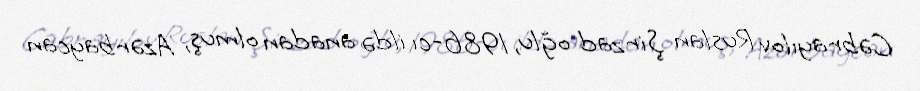
Cəbrayılov Ruslan Şirzad oğlu, 1986-cı ildə anadan olmuş, Azərbaycan